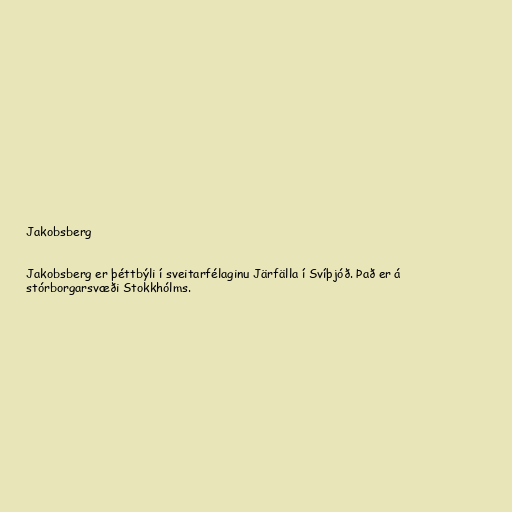
Jakobsberg

Jakobsberg er þéttbýli í sveitarfélaginu Järfälla í Svíþjóð. Það er á
stórborgarsvæði Stokkhólms.